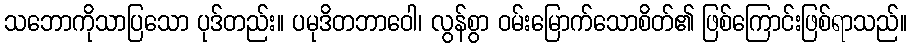
သဘောကိုသာပြသော ပုဒ်တည်း။ ပမုဒိတဘာဝေါ၊ လွန်စွာ ဝမ်းမြောက်သောစိတ်၏ ဖြစ်ကြောင်းဖြစ်ရာသည်။